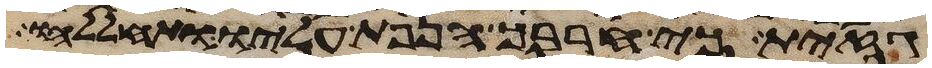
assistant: גזית כי חרבך הנפת עליו ותחללהו